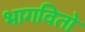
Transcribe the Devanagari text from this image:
भागवितो